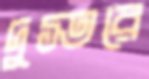
দুস্তরে